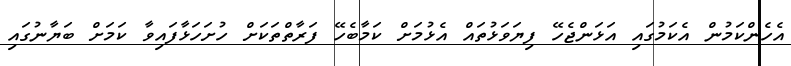
އެހެންކަމުން އެކަމުގައި އަޅަންޖެހޭ ފިޔަވަޅުތައް އެޅުމަށް ކަމާބެހޭ ފަރާތްތަކަށް ހުށަހަޅާފައިވާ ކަމަށް ބަޔާނުގައި